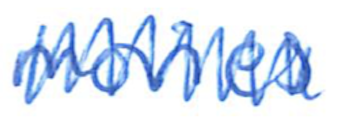
Text: movies
Cross-out: zig-zag
Writing tool: ballpoint